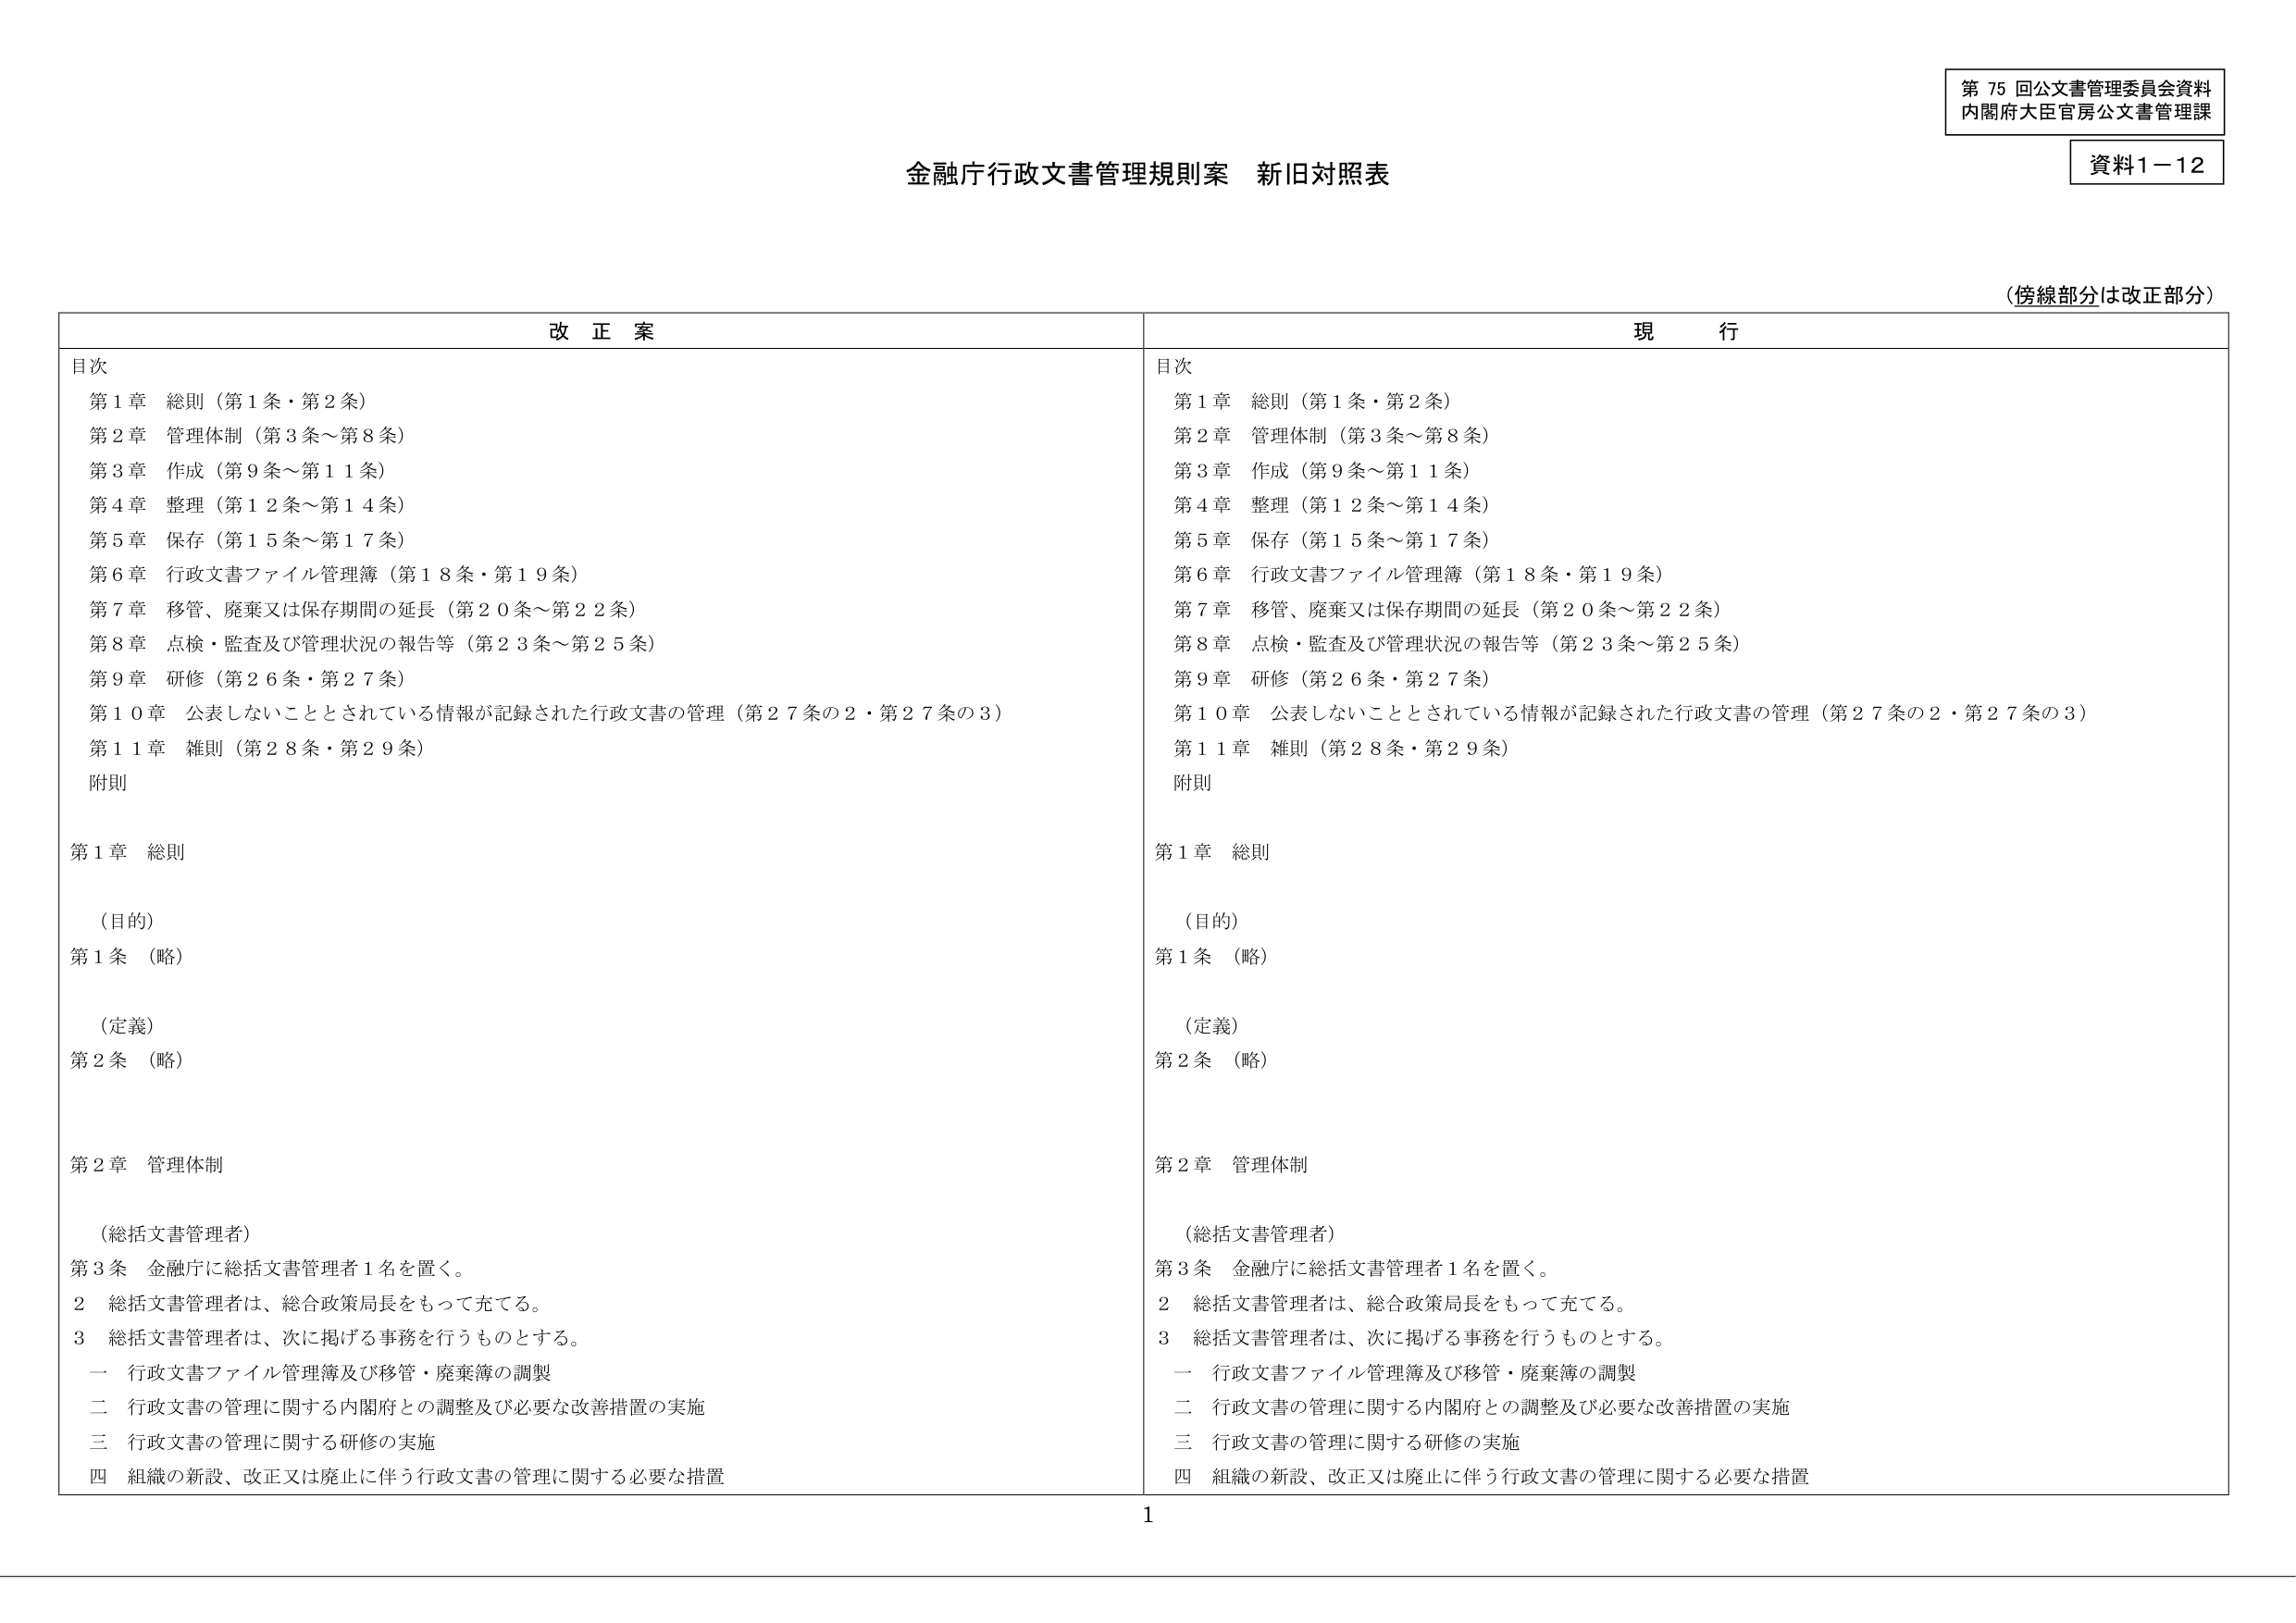
第 75 回公文書管理委員会資料
内閣府大臣官房公文書管理課
資料1－12

金融庁行政文書管理規則案 新旧対照表

（傍線部分は改正部分）

改正案
目次
第1章 総則（第1条・第2条）
第2章 管理体制（第3条～第8条）
第3章 作成（第9条～第11条）
第4章 整理（第12条～第14条）
第5章 保存（第15条～第17条）
第6章 行政文書ファイル管理簿（第18条・第19条）
第7章 移管、廃棄又は保存期間の延長（第20条～第22条）
第8章 点検・監査及び管理状況の報告等（第23条～第25条）
第9章 研修（第26条・第27条）
第10章 公表しないこととされている情報が記録された行政文書の管理（第27条の2・第27条の3）
第11章 雑則（第28条・第29条）
附則

第1章 総則
（目的）
第1条 （略）
（定義）
第2条 （略）

第2章 管理体制
（総括文書管理者）
第3条 金融庁に総括文書管理者1名を置く。
2 総括文書管理者は、総合政策局長をもって充てる。
3 総括文書管理者は、次に掲げる事務を行うものとする。
　一 行政文書ファイル管理簿及び移管・廃棄簿の調製
　二 行政文書の管理に関する内閣府との調整及び必要な改善措置の実施
　三 行政文書の管理に関する研修の実施
　四 組織の新設、改正又は廃止に伴う行政文書の管理に関する必要な措置

現行
目次
第1章 総則（第1条・第2条）
第2章 管理体制（第3条～第8条）
第3章 作成（第9条～第11条）
第4章 整理（第12条～第14条）
第5章 保存（第15条～第17条）
第6章 行政文書ファイル管理簿（第18条・第19条）
第7章 移管、廃棄又は保存期間の延長（第20条～第22条）
第8章 点検・監査及び管理状況の報告等（第23条～第25条）
第9章 研修（第26条・第27条）
第10章 公表しないこととされている情報が記録された行政文書の管理（第27条の2・第27条の3）
第11章 雑則（第28条・第29条）
附則

第1章 総則
（目的）
第1条 （略）
（定義）
第2条 （略）

第2章 管理体制
（総括文書管理者）
第3条 金融庁に総括文書管理者1名を置く。
2 総括文書管理者は、総合政策局長をもって充てる。
3 総括文書管理者は、次に掲げる事務を行うものとする。
　一 行政文書ファイル管理簿及び移管・廃棄簿の調製
　二 行政文書の管理に関する内閣府との調整及び必要な改善措置の実施
　三 行政文書の管理に関する研修の実施
　四 組織の新設、改正又は廃止に伴う行政文書の管理に関する必要な措置

1